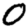
Digit: 0